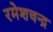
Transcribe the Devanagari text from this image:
रमेशचन्‍द्र